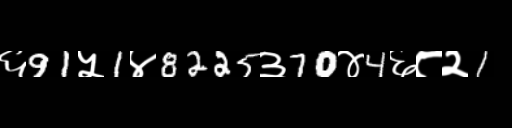
Text: ६91५1४8225३70४4६८२1